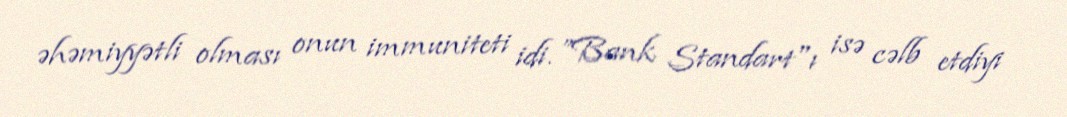
əhəmiyyətli olması onun immuniteti idi. ”Bank Standart"ı isə cəlb etdiyi